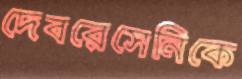
দেবরেসেনিকে